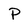
Character: P